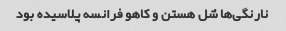
نارنگی‌ها شل هستن و کاهو فرانسه پلاسیده بود